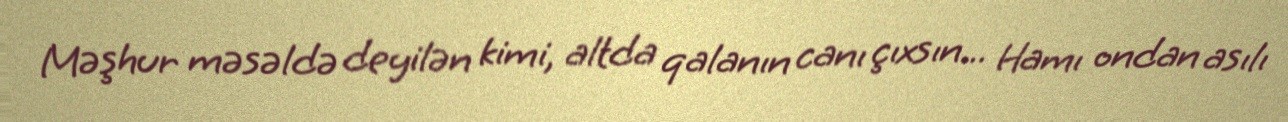
Məşhur məsəldə deyilən kimi, altda qalanın canı çıxsın... Hamı ondan asılı